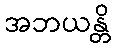
အဘယန္တိ